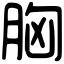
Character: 胸